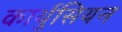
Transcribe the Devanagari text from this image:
कार्थुसियन